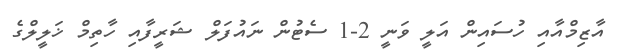
އާޒިމްއާއި ހުސައިން އަލީ ވަނީ 2-1 ސެޓުން ނައުފަލް ޝަރީފާއި ހާތިމް ޚަލީލްގެ